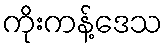
ကိုးကန့်ဒေသ